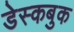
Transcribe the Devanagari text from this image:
डेस्कबुक